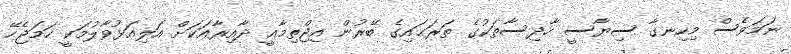
ނަމަވެސް މިހިނގާ ސިޔާސީ ހާދިސާތަކުގެ ތަރަޙައިގެ ބޭރުން އިޖްތިމާޢީ ދާއިރާއަކަށް އަލިއަޅުވާލުމަކީ ހަމަޖެހޭ